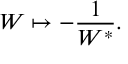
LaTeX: W \mapsto - \frac { 1 } { W ^ { * } } .